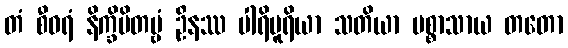
တံ စီဝရံ နိက္ခိပိတဗ္ဗံ ဦနဿ ပါရိပူရိယာ သတိယာ ပစ္စာသာယ တတော